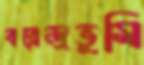
বরেন্দ্রভূমি